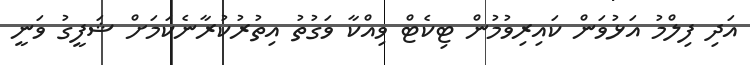
އަދި ފިލްމު އަޅުވަން ކައިރިވުމުން ޓިކެޓް ވިއްކާ ވަގުތު އިތުރުކުރާނެކަމަށް ޝަފީގު ވަނީ